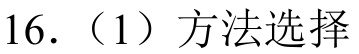
16.（1）方法选择